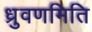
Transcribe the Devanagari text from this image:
ध्रुवणमिति